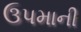
ઉપમાની